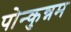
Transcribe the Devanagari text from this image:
पोन्कुन्नम